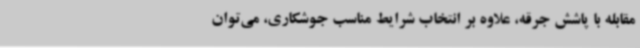
مقابله با پاشش جرقه، علاوه بر انتخاب شرایط مناسب جوشکاری، می‌توان